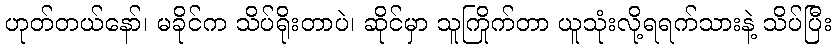
ဟုတ်တယ်နော်၊ မခိုင်က သိပ်ရိုးတာပဲ၊ ဆိုင်မှာ သူကြိုက်တာ ယူသုံးလို့ရရက်သားနဲ့ သိပ်ပြီး